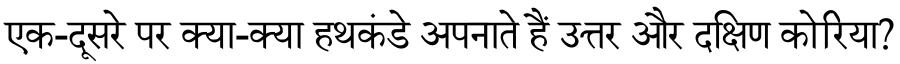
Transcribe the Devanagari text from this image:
एक-दूसरे पर क्या-क्या हथकंडे अपनाते हैं उत्तर और दक्षिण कोरिया?